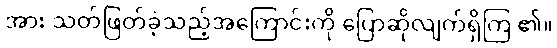
အား သတ်ဖြတ်ခဲ့သည့်အကြောင်းကို ပြောဆိုလျက်ရှိကြ ၏။